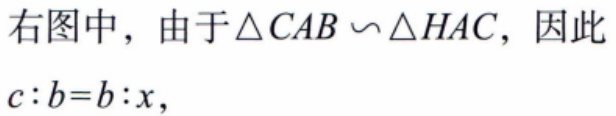
右图中，由于$\triangle CAB \backsim \triangle HAC$，因此
$c:b = b:x$，